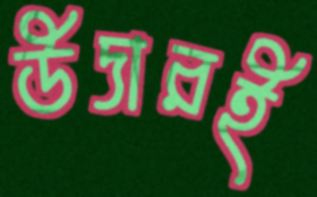
উদারই